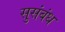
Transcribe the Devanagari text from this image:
सुसंबंध